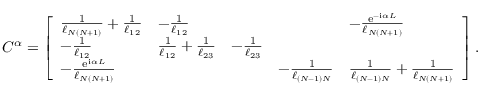
\begin{array} { r } { C ^ { \alpha } = \left[ \begin{array} { l l l l l } { \frac { 1 } { \ell _ { N ( N + 1 ) } } + \frac { 1 } { \ell _ { 1 2 } } } & { - \frac { 1 } { \ell _ { 1 2 } } } & { } & { } & { - \frac { \mathrm { e } ^ { - \mathrm { i } \alpha L } } { \ell _ { N ( N + 1 ) } } } \\ { - \frac { 1 } { \ell _ { 1 2 } } } & { \frac { 1 } { \ell _ { 1 2 } } + \frac { 1 } { \ell _ { 2 3 } } } & { - \frac { 1 } { \ell _ { 2 3 } } } & { } & { } \\ { - \frac { \mathrm { e } ^ { \mathrm { i } \alpha L } } { \ell _ { N ( N + 1 ) } } } & { } & { } & { - \frac { 1 } { \ell _ { ( N - 1 ) N } } } & { \frac { 1 } { \ell _ { ( N - 1 ) N } } + \frac { 1 } { \ell _ { N ( N + 1 ) } } } \end{array} \right] . } \end{array}